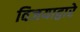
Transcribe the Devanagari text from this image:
विजयाद्वारे